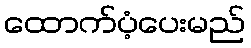
ထောက်ပံ့ပေးမည်